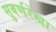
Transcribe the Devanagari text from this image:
सुबर्णरेखा